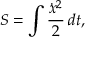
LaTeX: S = \int { \frac { { \dot { x } } ^ { 2 } } { 2 } } \, d t ,